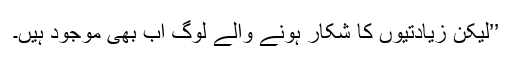
’’لیکن زیادتیوں کا شکار ہونے والے لوگ اب بھی موجود ہیں۔